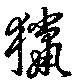
猟